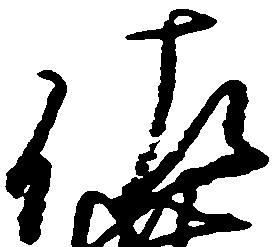
佐